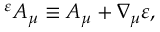
{ } ^ { \varepsilon } A _ { \mu } \equiv A _ { \mu } + \nabla _ { \mu } \varepsilon ,